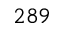
2 8 9